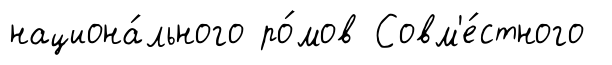
национа́льного ро́мов Совм'е́стного